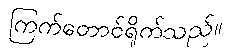
ကြက်တောင်ရိုက်သည်။